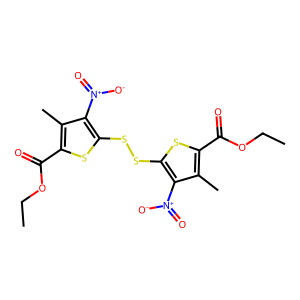
SMILES: CCOC(=O)c1sc(SSc2sc(C(=O)OCC)c(C)c2[N+](=O)[O-])c([N+](=O)[O-])c1C
Inhibits HIV replication: No